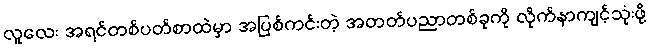
လူလေး အရင်တစ်ပတ်စာထဲမှာ အပြစ်ကင်းတဲ့ အတတ်ပညာတစ်ခုကို လိုက်နာကျင့်သုံးဖို့